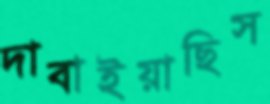
দাবাইয়াছিস